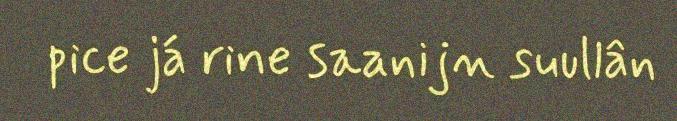
pice já rine saanijn suullân